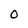
Character: O